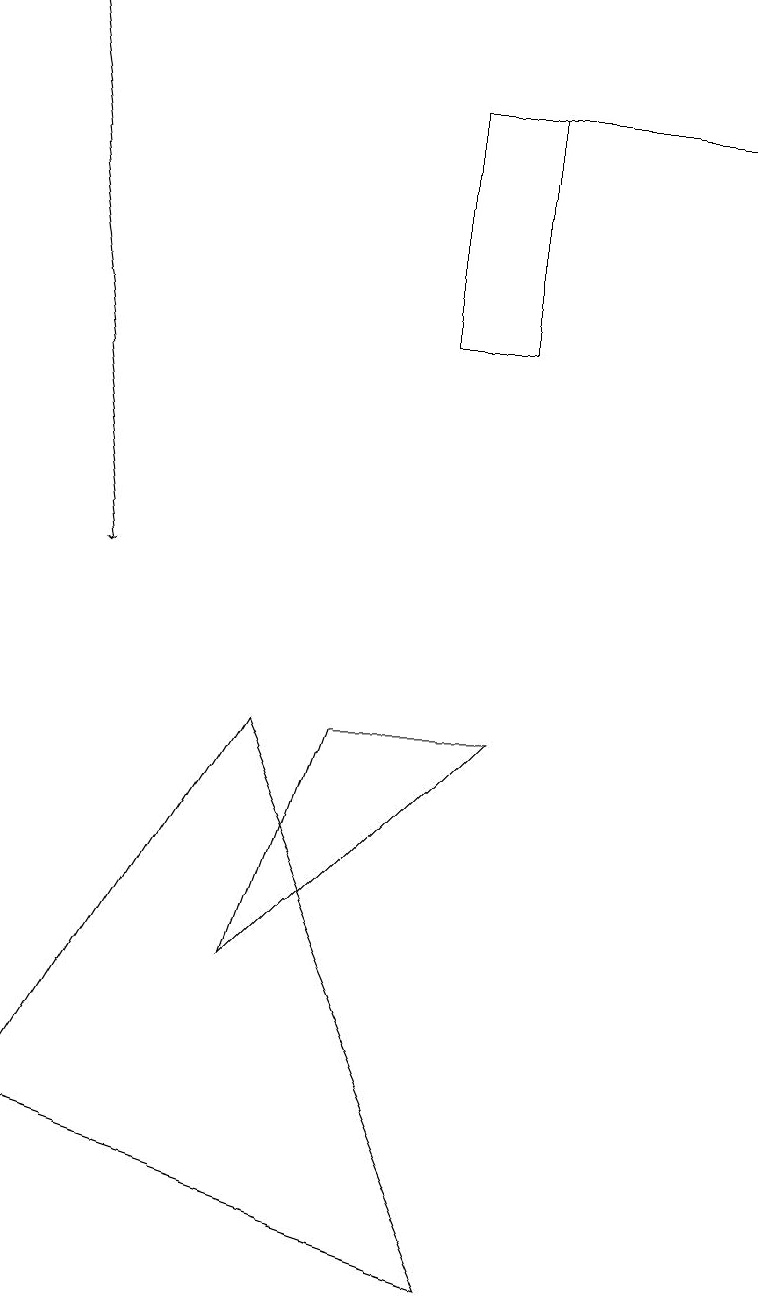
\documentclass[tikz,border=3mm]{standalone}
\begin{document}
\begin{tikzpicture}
\draw (0,4) -- (3,9) -- (6,2) -- cycle;
\draw (5,17) rectangle (6,14);
\draw (5,17) rectangle (9,17);
\draw (4,9) -- (3,6) -- (6,9) -- cycle;
\draw[->] (0,18) -- (1,11);
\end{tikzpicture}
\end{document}